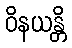
ဝိနယန္တိ